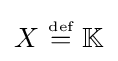
X~{\stackrel {\scriptscriptstyle {\text{def}}}{=}}~\mathbb {K}